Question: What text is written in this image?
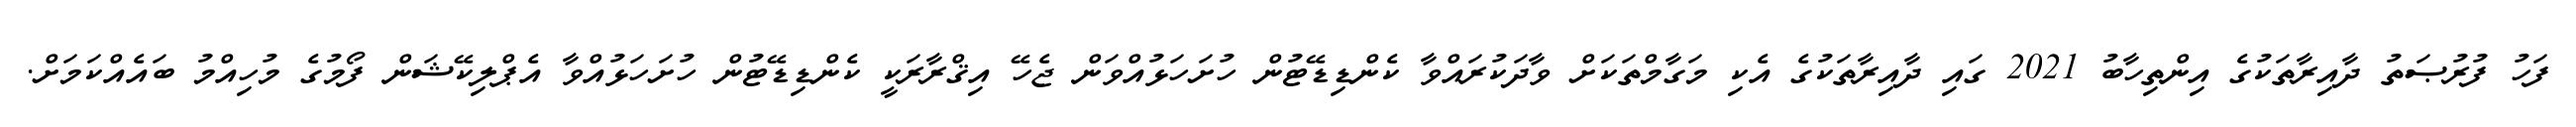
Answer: ފަހު ފުރުޞަތު ދާއިރާތަކުގެ އިންތިހާބު 2021 ގައި ދާއިރާތަކުގެ އެކި މަގާމްތަކަށް ވާދަކުރައްވާ ކެންޑިޑޭޓުން ހުށަހަޅުއްވަން ޖެހޭ އިޤްރާރަކީ ކެންޑިޑޭޓުން ހުށަހަޅުއްވާ އެޕްލިކޭޝަން ފޯމުގެ މުހިއްމު ބައެއްކަމަށް.